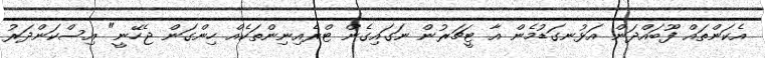
އެކަންތައް ފޫބައްދަން އަޅުނގަޑުމެން އާ ޓީޗަރުން ނަގައިގެން ޓްރެއިނިންތަކެއް ހިންގަން ޖެހޭނީ" އިސްކަންދަރު